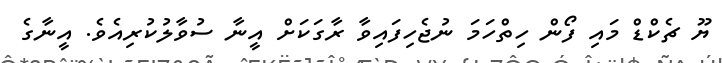
ޔޫ ޗެކްޑް މައި ފޯން ހިތްހަމަ ނުޖެހިފައިވާ ރާގަކަށް އީނާ ސުވާލުކުރިއެވެ. އީނާގެ